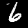
Digit: 6